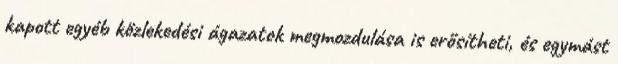
kapott egyéb közlekedési ágazatok megmozdulása is erősítheti, és egymást